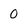
Character: 0